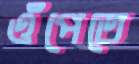
ওঁপেতে